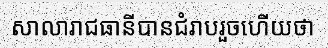
សាលារាជធានីបានជំរាបរួចហើយថា